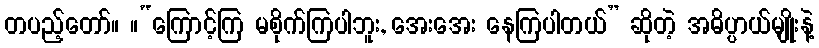
တပည့်တော်။ ။“ကြောင့်ကြ မစိုက်ကြပါဘူး, အေးအေး နေကြပါတယ်” ဆိုတဲ့ အဓိပ္ပာယ်မျိုးနဲ့